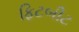
ફિટબીટ